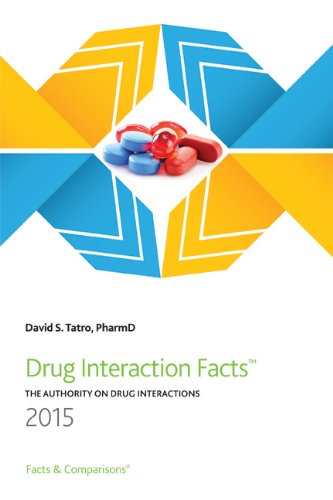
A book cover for Drug Interaction Facts 2015; David S. Tatro; Medical Books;